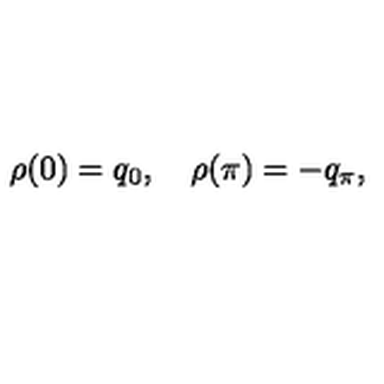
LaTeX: \rho ( 0 ) = q _ { 0 } , \quad \rho ( \pi ) = - q _ { \pi } ,